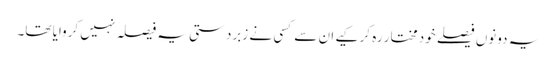
یہ دونوں فیصلے خود مختار رہ کر کیے ان سے کسی نے زبردستی یہ فیصلہ نہیں کروایا تھا۔